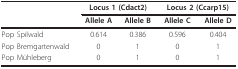
<table><thead><tr><td></td><td colspan="2"><b>Locus 1 (Cdact2)</b></td><td colspan="2"><b>Locus 2 (Ccarp15)</b></td></tr><tr><td></td><td><b>Allele A</b></td><td><b>Allele B</b></td><td><b>Allele C</b></td><td><b>Allele D</b></td></tr></thead><tbody><tr><td>Pop Spilwald</td><td>0.614</td><td>0.386</td><td>0.596</td><td>0.404</td></tr><tr><td>Pop Bremgartenwald</td><td>0</td><td>1</td><td>0</td><td>1</td></tr><tr><td>Pop Mühleberg</td><td>0</td><td>1</td><td>0</td><td>1</td></tr></tbody></table>